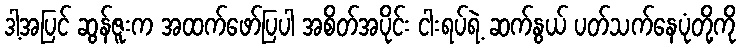
ဒါ့အပြင် ဆွန်ဇူးက အထက်ဖော်ပြပါ အစိတ်အပိုင်း ငါးရပ်ရဲ့ ဆက်နွယ် ပတ်သက်နေပုံတို့ကို